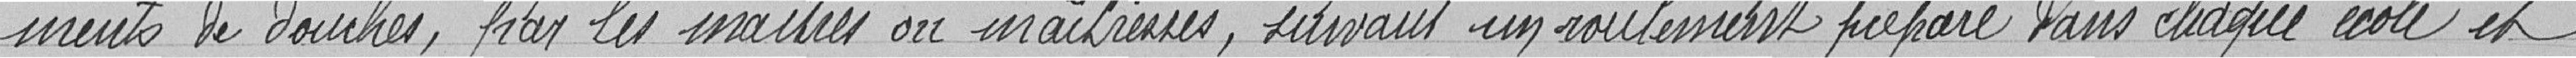
ments de douches, par les maîtres ou maîtresses, suivant un roulement préparé dans chaque école et